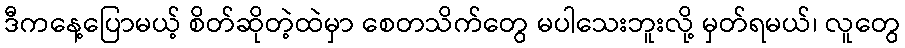
ဒီကနေ့ပြောမယ့် စိတ်ဆိုတဲ့ထဲမှာ စေတသိက်တွေ မပါသေးဘူးလို့ မှတ်ရမယ်၊ လူတွေ